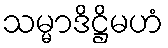
သမ္မာဒိဋ္ဌိမဟံ